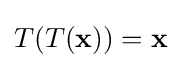
T(T(\mathbf {x} ))=\mathbf {x}